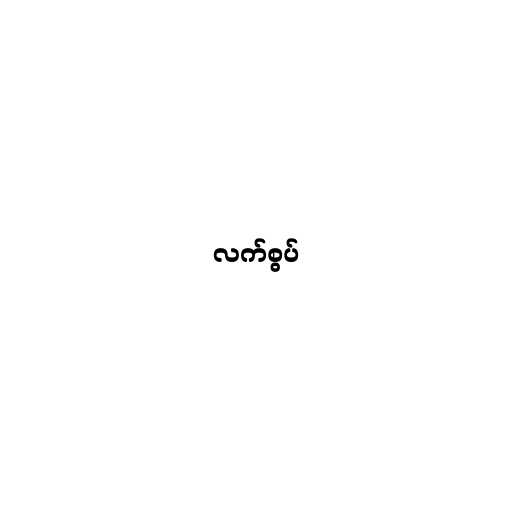
လက်စွပ်